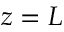
z = L